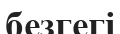
безгегі